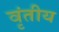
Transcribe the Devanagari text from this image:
वृंतीय